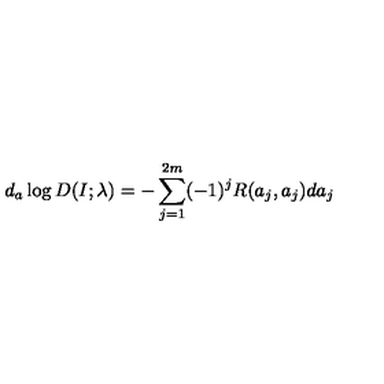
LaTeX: d _ { a } \log D ( I ; \lambda ) = - \sum _ { j = 1 } ^ { 2 m } ( - 1 ) ^ { j } R ( a _ { j } , a _ { j } ) d a _ { j }